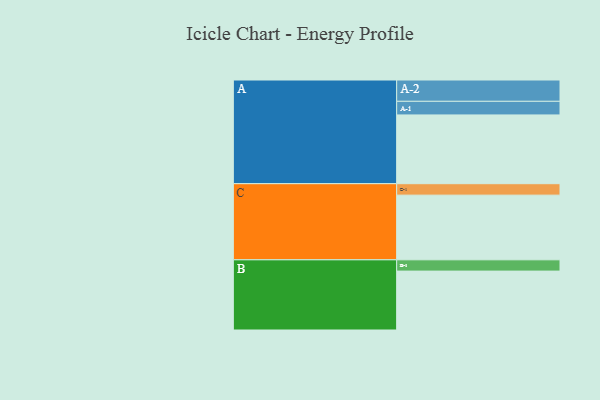
{"axis": {"x": "Segment", "y": "Value"}, "legend": ["", "A", "B", "C"], "data": [{"x": "A", "y": 439, "type": ""}, {"x": "B", "y": 376, "type": ""}, {"x": "C", "y": 413, "type": ""}, {"x": "A-1", "y": 87, "type": "A"}, {"x": "A-2", "y": 136, "type": "A"}, {"x": "B-1", "y": 72, "type": "B"}, {"x": "C-1", "y": 73, "type": "C"}]}